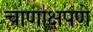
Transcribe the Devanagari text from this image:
चाणाक्षपणे